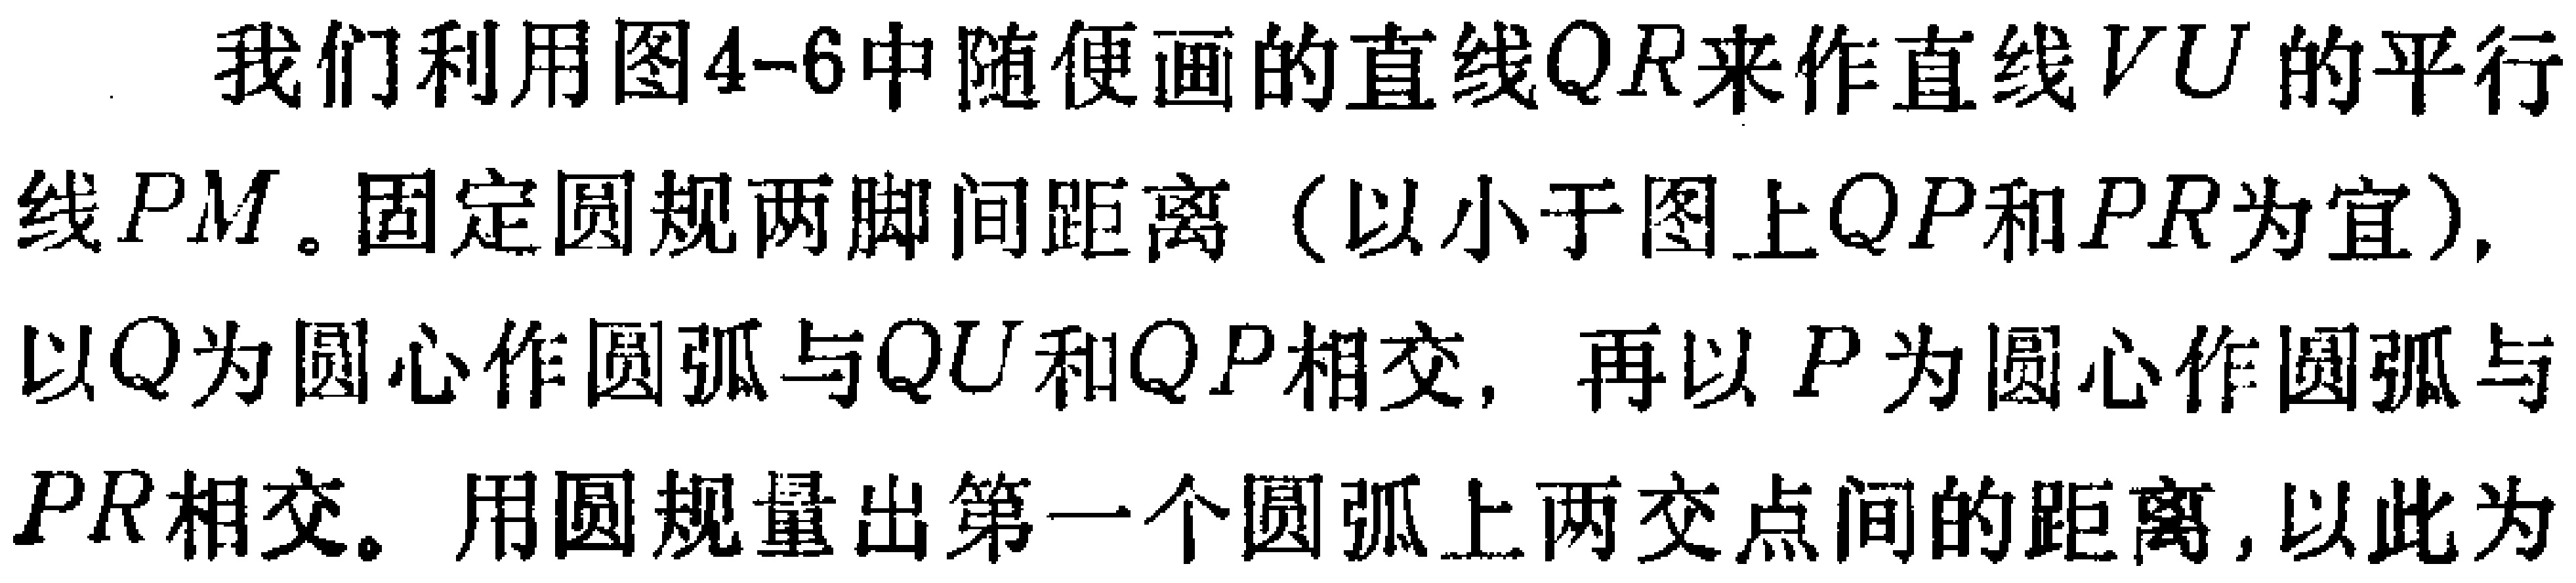
我们利用图4-6中随便画的直线$QR$来作直线$VU$的平行线$PM$。固定圆规两脚间距离（以小于图上$QP$和$PR$为宜），以$Q$为圆心作圆弧与$QU$和$QP$相交，再以$P$为圆心作圆弧与$PR$相交。用圆规量出第一个圆弧上两交点间的距离，以此为